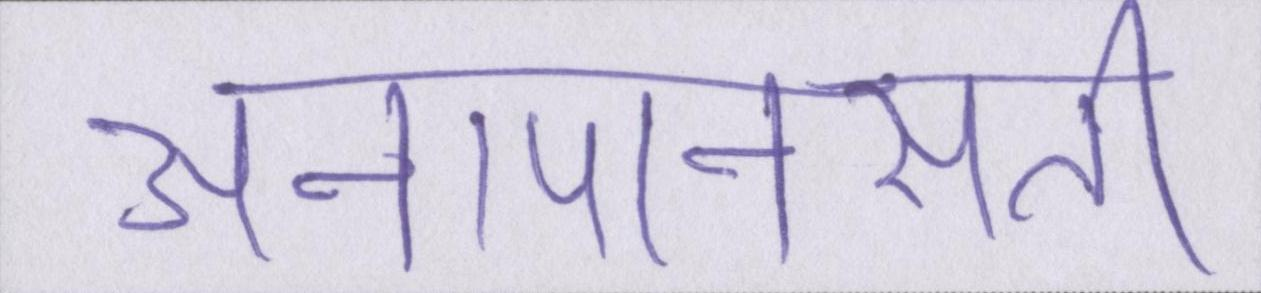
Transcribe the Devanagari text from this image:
अनापानसती